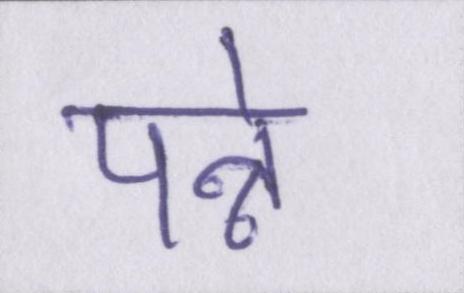
पन्ने